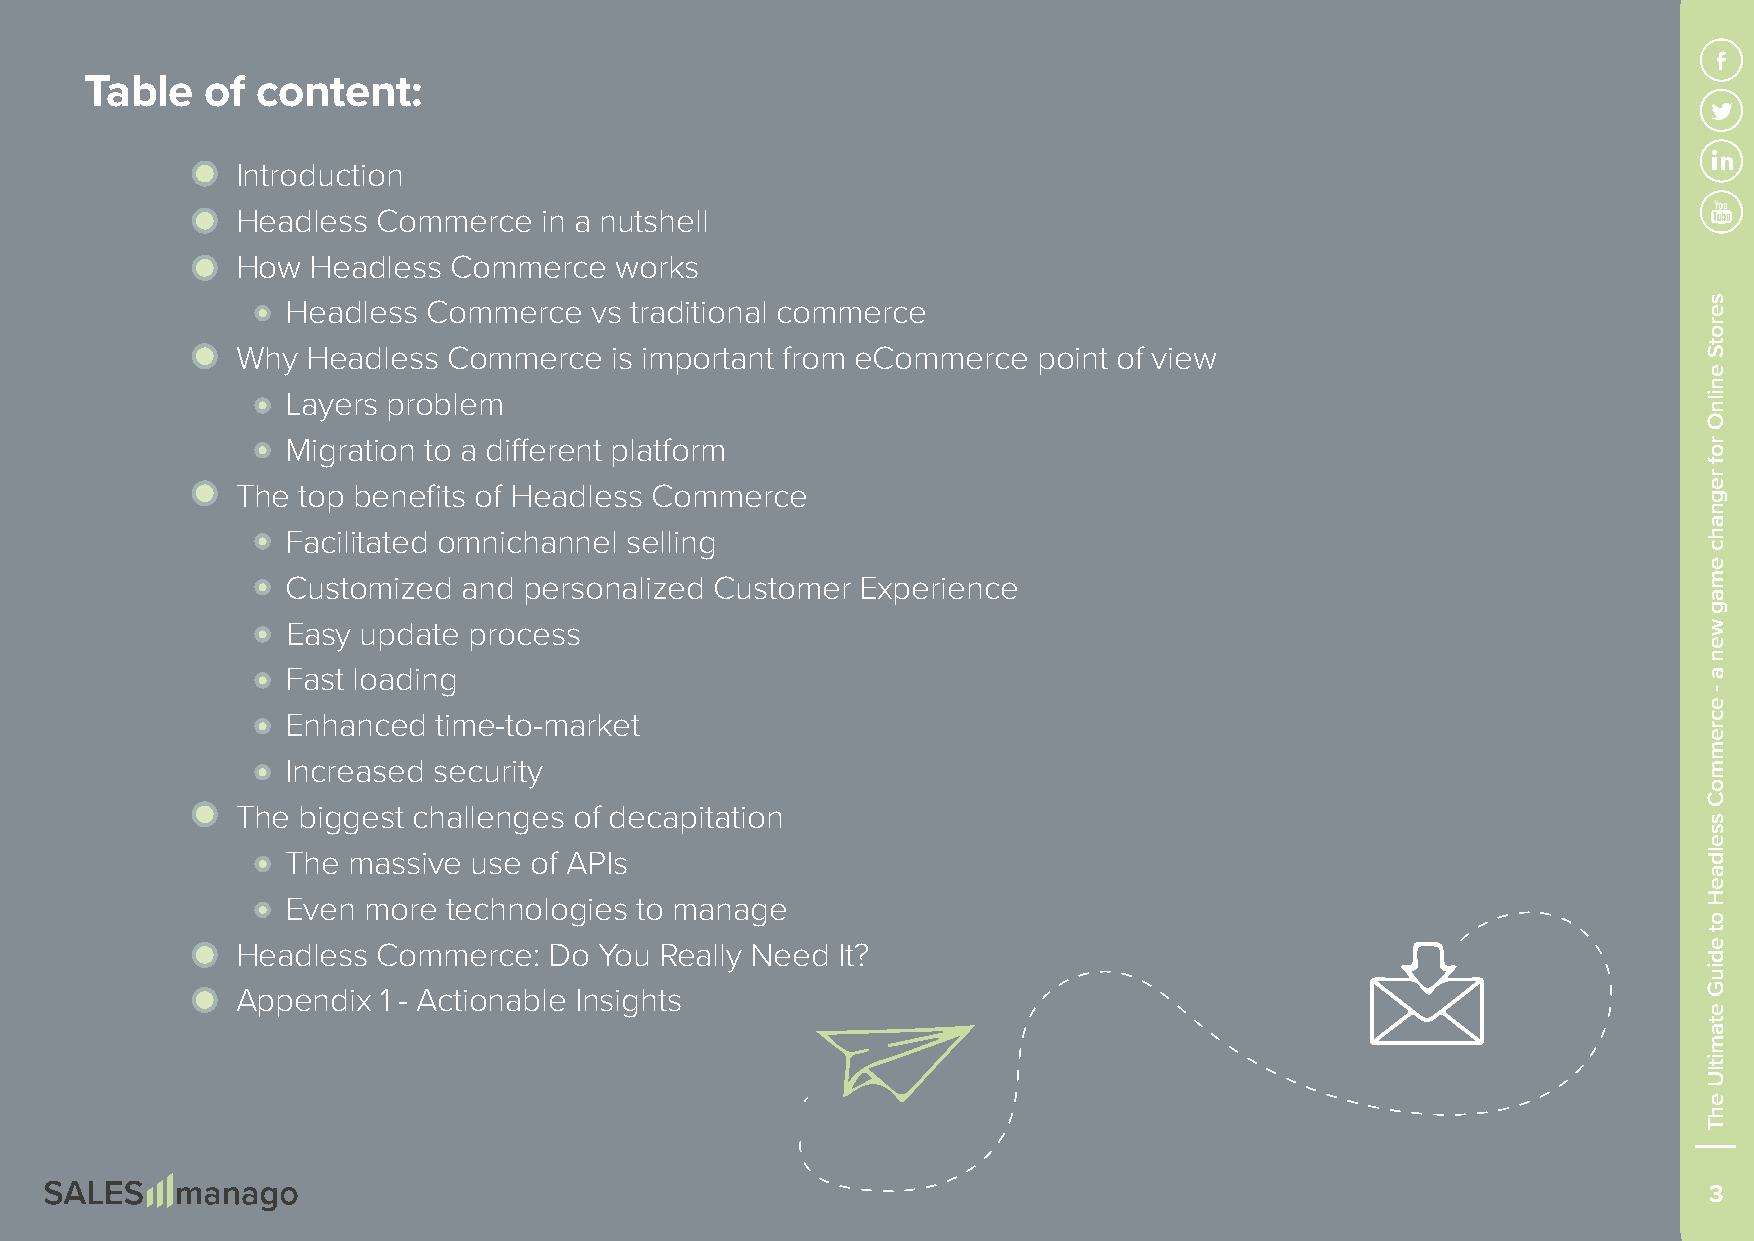
Table   of content:
 Introduction
 Headless Commerce   in a nutshell
 How  Headless Commerce   works
 Headless Commerce   vs traditional commerce
 Why Headless  Commerce   is important from eCommerce point of view
 Layers problem
 Migration to a different platform
 The top benefits of Headless Commerce
 Facilitated omnichannel selling
 Customized  and personalized Customer Experience
 Easy update process
 Fast loading
 Enhanced  time-to-market
 Increased security
 The biggest challenges of decapitation
 The massive use of APIs
 Even more  technologies to manage
 Headless Commerce:  Do  You Really Need It?
 Appendix 1 - Actionable Insights
 3
 serotS
 enilnO
 rof
 regnahc
 emag
 wen
 a
 -
 ecremmoC
 sseldaeH
 ot
 ediuG
 etamitlU
 ehT